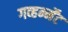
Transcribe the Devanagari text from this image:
गव्हर्न्मेंट